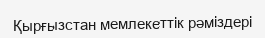
Қырғызстан мемлекеттік рәміздері